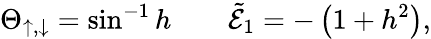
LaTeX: \Theta_{\uparrow,\downarrow}=\sin^{-1}h\qquad\tilde{\mathcal{E}}_{1}=-\left(1+h^{2}\right),